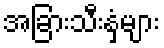
အခြားသီးနှံများ